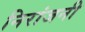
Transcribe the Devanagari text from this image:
निरांजनी